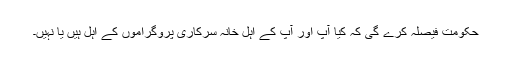
حکومت فیصلہ کرے گی کہ کیا آپ اور آپ کے اہل خانہ سرکاری پروگراموں کے اہل ہیں یا نہیں۔